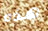
هذه